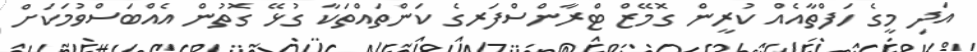
އަދި މީގެ ހަފްތާއެއް ކުރީން ގޮމޭޒް ޓްރާންސްފަރގެ ކަންތައްތަކާ ގުޅޭ ގޮތުން އެއްބަސްވުމަކަށް